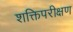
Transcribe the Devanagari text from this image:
शक्तिपरीक्षण